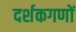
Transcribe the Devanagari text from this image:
दर्शकगणों